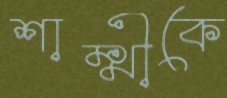
শাম্মীকে